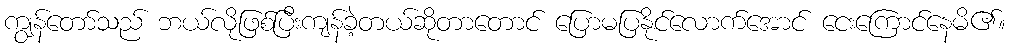
ကျွန်တော်သည် ဘယ်လိုဖြစ်ပြီးကျန်ခဲ့တယ်ဆိုတာတောင် ပြောမပြနိုင်လောက်အောင် ငေးကြောင်နေမိ၏။